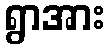
ရွာအား